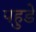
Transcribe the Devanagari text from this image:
पहुडे